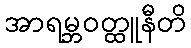
အာရမ္ဘဝတ္ထူနီတိ